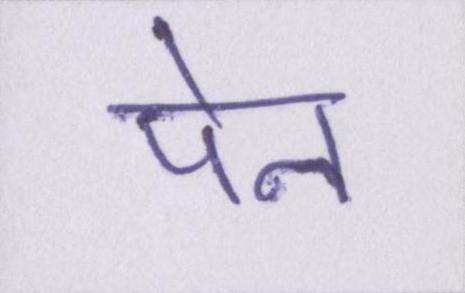
पेन